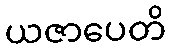
ယဇာပေတိ